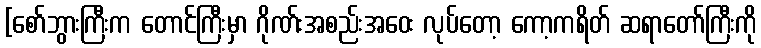
[စော်ဘွားကြီးက တောင်ကြီးမှာ ဂိုဏ်းအစည်းအဝေး လုပ်တော့ ကော့ကရိတ် ဆရာတော်ကြီးကို